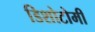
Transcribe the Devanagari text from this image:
डिशोटोमी